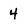
Character: 4